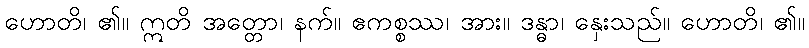
ဟောတိ၊ ၏။ ဣတိ အတ္တော၊ နက်။ ဧကစ္စဿ၊ အား။ ဒန္ဓာ၊ နှေးသည်။ ဟောတိ၊ ၏။